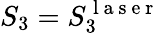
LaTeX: S_{3}=S_{3}^{\mathrm{~l~a~s~e~r~}}